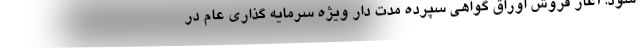
شود. آغاز فروش اوراق گواهی سپرده مدت دار ویژه سرمایه گذاری عام در